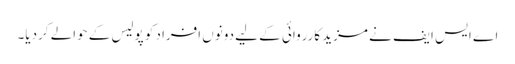
اے ایس ایف نے مزید کارروائی کے لیے دونوں افراد کو پولیس کے حوالے کردیا۔